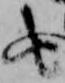
由